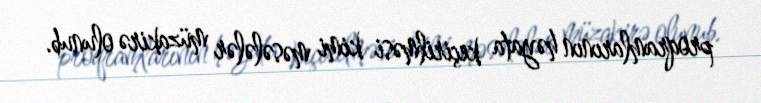
proqramlarının həyata keçirilməsi kimi məsələlər müzakirə olunub.